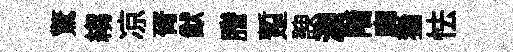
驚縐凉胥猷謄蹔諛漉階廓猶怯